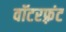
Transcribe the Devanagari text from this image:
वॉटरफ़्रंट